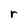
Character: r